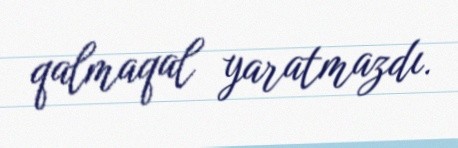
qalmaqal yaratmazdı.